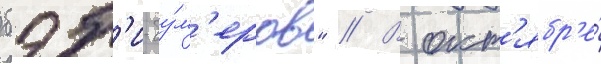
бэб'и-бу́м'еров" // В окт'ябр'е́